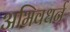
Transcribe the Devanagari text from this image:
अभिवधर्न